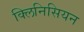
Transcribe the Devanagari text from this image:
क्लिनिसियन